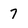
Character: 7